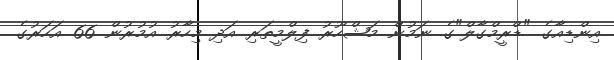
އިންޑިއާގެ "ޑްރީމްގާލް"ގެ ނަމުން މަޝްހޫރު ފިލްމީތަރި އަދި މިހާރު އުމުރުން 66 އަހަރުގެ